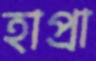
হাপ্‌রা